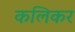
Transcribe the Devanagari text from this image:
कलिकर